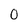
Character: 0